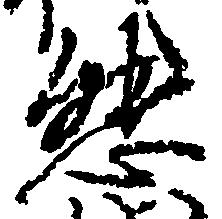
熊